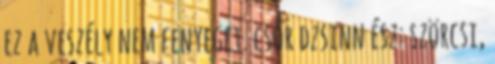
ez a veszély nem fenyeget. csőr dzsinn ész: szörcsi,